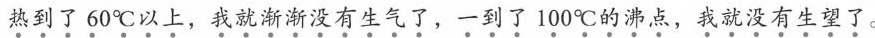
热到了60℃以上，我就渐渐没有生气了，一到了100℃的沸点，我就没有生望了。